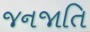
જનજાતિ